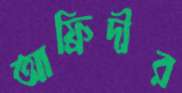
আফ্রিদীর